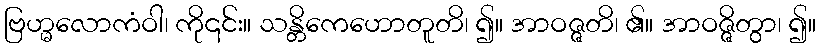
ဗြဟ္မလောကံဝါ၊ ကို၎င်း။ သန္တိကေဟောတူတိ၊ ၍။ အာဝဇ္ဇတိ၊ ၏။ အာဝဇ္ဇိတွာ၊ ၍။